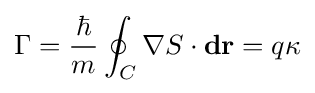
\Gamma ={\frac {\hbar }{m}}\oint _{C}\nabla S\cdot \mathbf {dr} =q\kappa